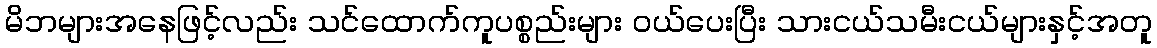
မိဘများအနေဖြင့်လည်း သင်ထောက်ကူပစ္စည်းများ ဝယ်ပေးပြီး သားငယ်သမီးငယ်များနှင့်အတူ